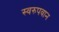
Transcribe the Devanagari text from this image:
स्वरुपवान